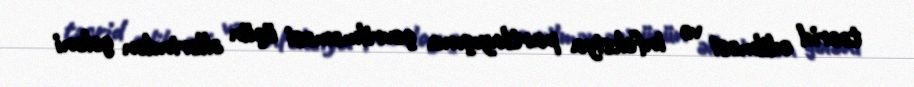
təcrid edilməsi və infeksiya partlayışına çevrilməməsi üçün əllərindən gələni